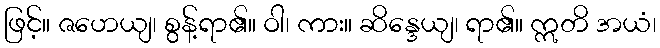
ဖြင့်။ ဇဟေယျ၊ စွန့်ရာ၏။ ဝါ၊ ကား။ ဆိန္ဒေယျ၊ ရာ၏။ ဣတိ အယံ၊